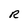
Character: R